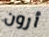
أرون